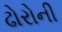
ઢોરોની